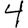
Digit: 4